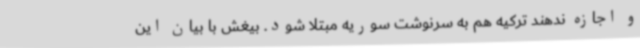
و اجازه ندهند ترکیه هم به سرنوشت سوریه مبتلا شود. بیغش با بیان این